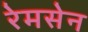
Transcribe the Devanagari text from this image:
रेमसेन